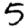
Digit: 5